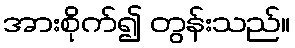
အားစိုက်၍ တွန်းသည်။